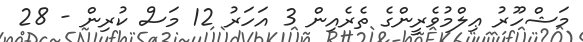
މަޝްހޫރު ޢިލްމުވެރީންގެ ތެރެއިން 3 އަހަރު 12 މަސް ކުރިން - 28